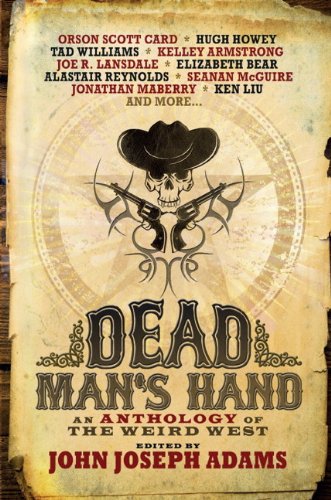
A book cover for Dead Man's Hand: An Anthology of the Weird West; John Joseph Adams; Literature & Fiction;